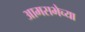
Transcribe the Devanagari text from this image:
आमसभेच्या